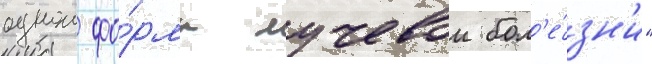
однои фо́рмы лучевои бол'е́зн'и"